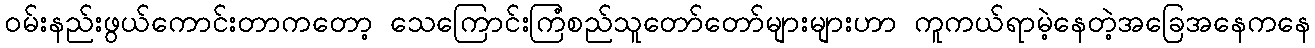
ဝမ်းနည်းဖွယ်ကောင်းတာကတော့ သေကြောင်းကြံစည်သူတော်တော်များများဟာ ကူကယ်ရာမဲ့နေတဲ့အခြေအနေကနေ